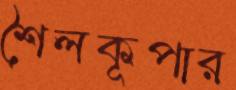
শৈলকূপার